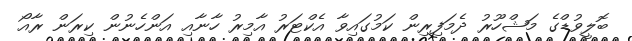
ބޮލީވުޑްގެ މަޝްހޫރު ދެމަފިރިން ކަމުގައިވާ އެކްޓަރު އާމިރު ހާނާއި އަންހެނުން ކިރަން ރާއޯ